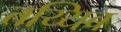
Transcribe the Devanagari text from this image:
तय्यिब